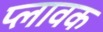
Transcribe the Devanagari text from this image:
प्लावक